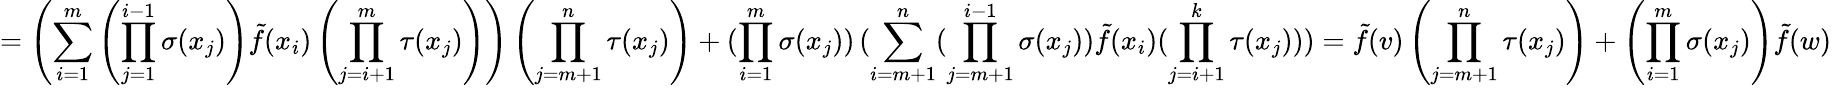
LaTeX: =\left(\sum_{i=1}^{m}\left(\prod_{j=1}^{i-1}\sigma(x_{j})\right)\tilde{f}(x_{i})\left(\prod_{j=i+1}^{m}\tau(x_{j})\right)\right)\left(\prod_{j=m+1}^{n}\tau(x_{j})\right)+(\prod_{i=1}^{m}\sigma(x_{j}))\, (\sum_{i=m+1}^{n}(\prod_{j=m+1}^{i-1}\sigma(x_{j}))\tilde{f}(x_{i})(\prod_{j=i+1}^{k}\tau(x_{j})))=\tilde{f}(v)\left(\prod_{j=m+1}^{n}\tau(x_{j})\right)+\left(\prod_{i=1}^{m}\sigma(x_{j})\right)\tilde{f}(w)